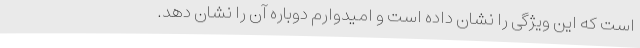
است که این ویژگی را نشان داده است و امیدوارم دوباره آن را نشان دهد.